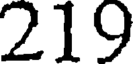
219